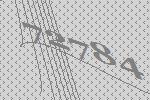
72784